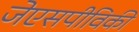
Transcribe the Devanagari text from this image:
जेएसपीविकी